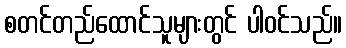
စတင်တည်ထောင်သူများတွင် ပါဝင်သည်။